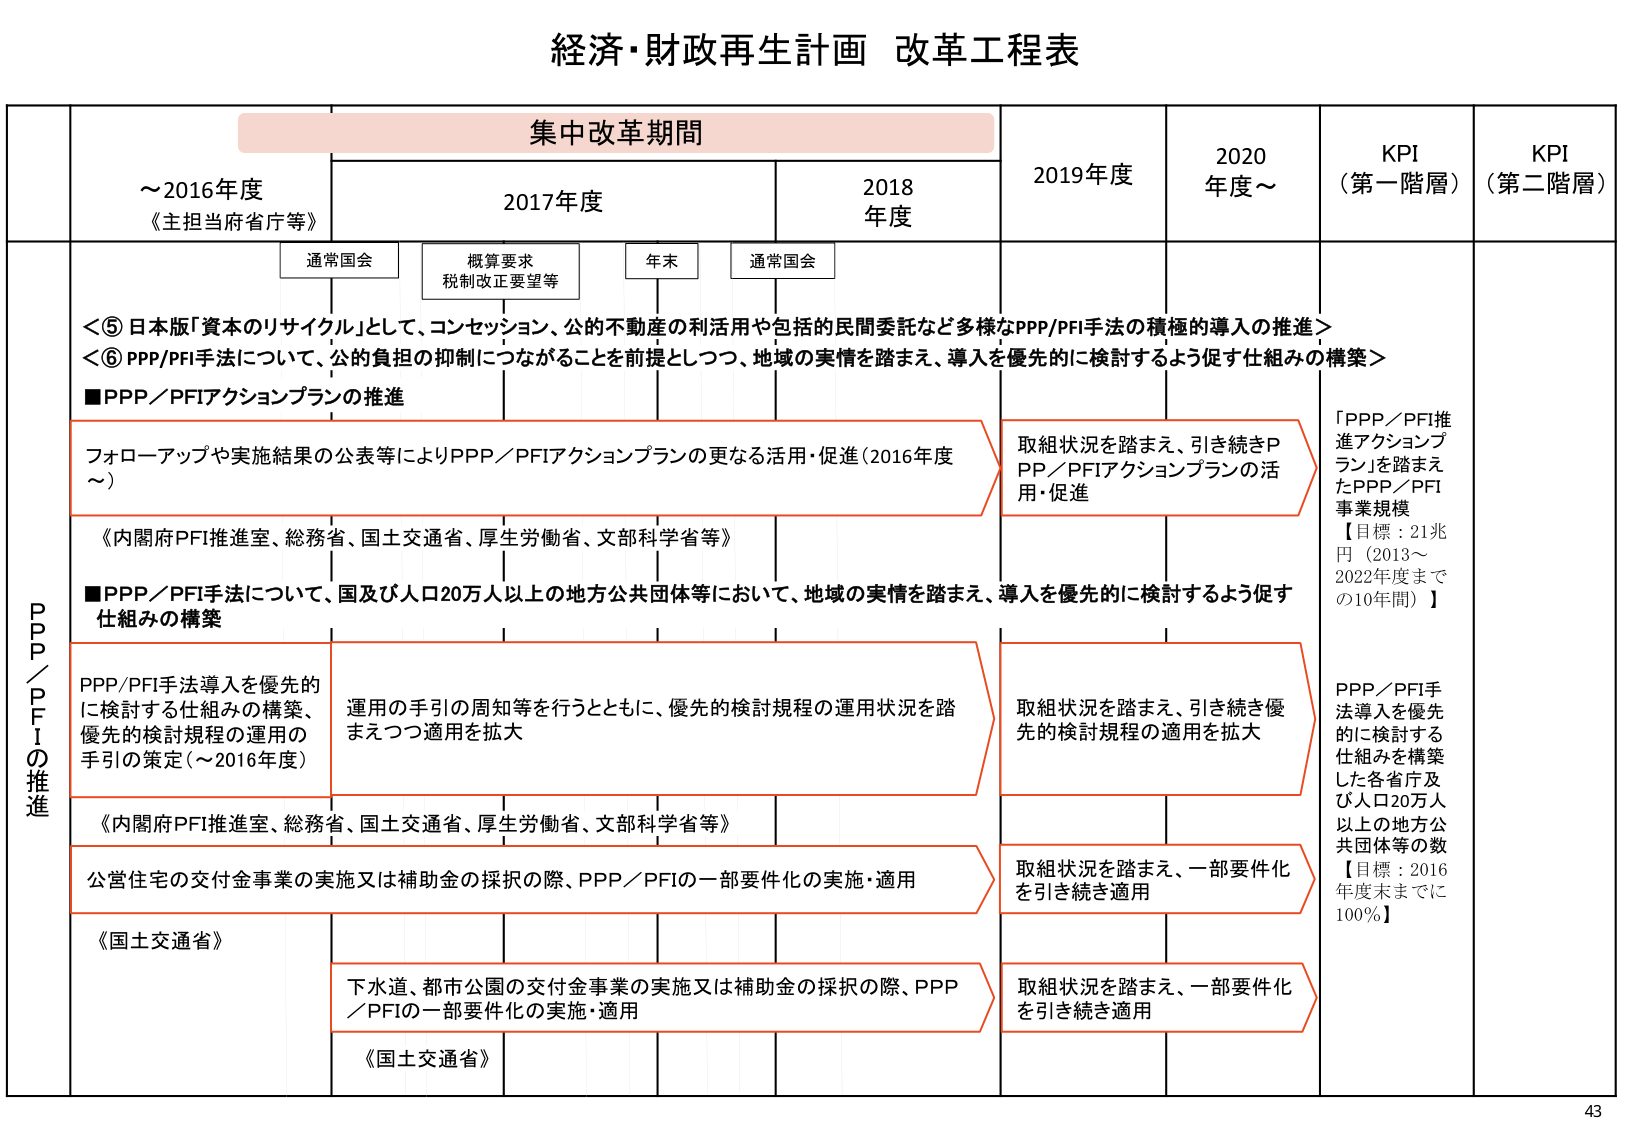
経済・財政再生計画 改革工程表

集中改革期間

～2016年度
《主担当府省庁等》

2017年度

2018年度

2019年度

2020年度～

KPI
（第一階層）

KPI
（第二階層）

通常国会

概算要求
税制改正要望等

年末

通常国会

＜⑤ 日本版「資本のリサイクル」として、コンセッション、公的不動産の利活用や包括的民間委託など多様なPPP/PFI手法の積極的導入の推進＞
＜⑥ PPP/PFI手法について、公的負担の抑制につながることを前提としつつ、地域の実情を踏まえ、導入を優先的に検討するよう促す仕組みの構築＞

■PPP／PFIアクションプランの推進

フォローアップや実施結果の公表等によりPPP／PFIアクションプランの更なる活用・促進（2016年度～）
《内閣府PFI推進室、総務省、国土交通省、厚生労働省、文部科学省等》

取組状況を踏まえ、引き続きPPP／PFIアクションプランの活用・促進

「PPP／PFI推進アクションプラン」を踏まえたPPP／PFI事業規模
【目標：21兆円（2013～2022年度までの10年間）】

■PPP／PFI手法について、国及び人口20万人以上的地方公共団体等において、地域の実情を踏まえ、導入を優先的に検討するよう促す仕組みの構築

PPP/PFI手法導入を優先的に検討する仕組みの構築、優先的検討規程の運用の手引の策定（～2016年度）
《内閣府PFI推進室、総務省、国土交通省、厚生労働省、文部科学省等》

運用の手引の周知等を行うとともに、優先的検討規程の運用状況を踏まえつつ適用を拡大

取組状況を踏まえ、引き続き優先的検討規程の適用を拡大

PPP／PFI手法導入を優先的に検討する仕組みを構築した各省庁及び人口20万人以上的地方公共団体等の数
【目標：2016年度末までに100％】

公営住宅の交付金事業の実施又は補助金の採択の際、PPP／PFIの一部要件化の実施・適用
《国土交通省》

取組状況を踏まえ、一部要件化を引き続き適用

下水道、都市公園の交付金事業の実施又は補助金の採択の際、PPP／PFIの一部要件化の実施・適用
《国土交通省》

取組状況を踏まえ、一部要件化を引き続き適用

PPP／PFIの推進

43